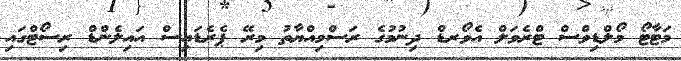
މަޓާޓޯ މޯލްޑިވްސް ޓްރެވަލް އެވޯރޑް ދިނުމުގެ ރަސްމިއްޔާތު މިރޭ ޕެރެޑައިސް އައިލެންޑް ރިސޯޓްގައި